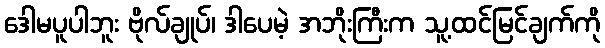
ဒေါမပူပါဘူး ဗိုလ်ချုပ်၊ ဒါပေမဲ့ အဘိုးကြီးက သူ့ထင်မြင်ချက်ကို